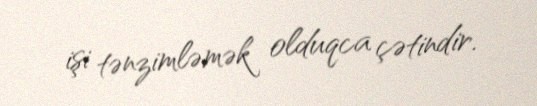
işi tənzimləmək olduqca çətindir.